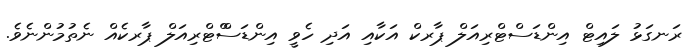
ރަނގަޅު ލައިޓް އިންޑަސްޓްރިއަލް ޕާރކް އަކާއި އަދި ހެވީ އިންޑަސްްޓްރިއަލް ޕާރކެއް ނެތުމުންނެވެ.